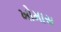
ખોમાસ